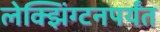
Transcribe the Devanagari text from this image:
लेक्झिंग्टनपर्यंत